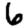
Digit: 6